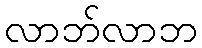
လာဘ်လာဘ